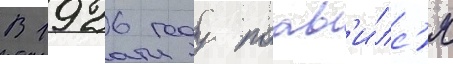
В 1926 году поав'и́лс'я